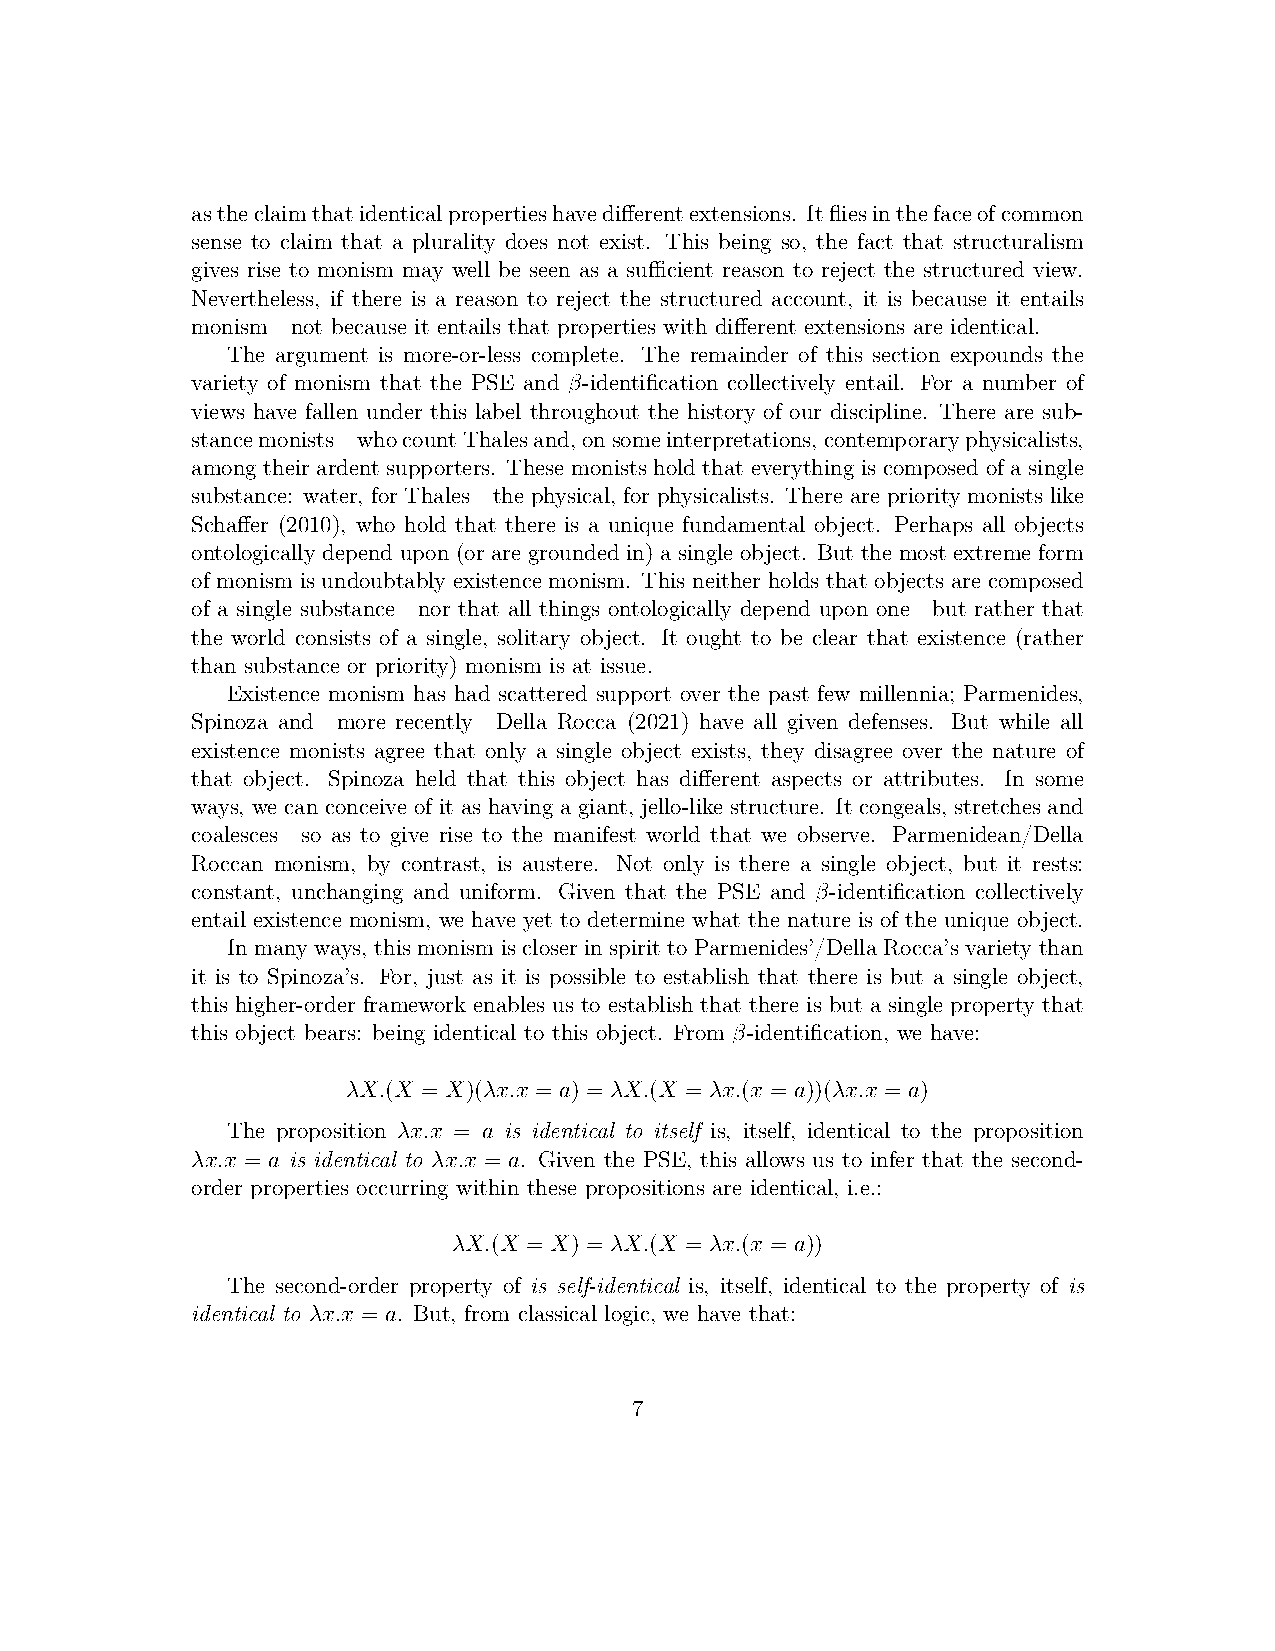
astheclaimthatidenticalpropertieshavedifferentextensions. Itfliesinthefaceofcommon
 sense to claim that a plurality does not exist. This being so, the fact that structuralism
 gives rise to monism may well be seen as a sufficient reason to reject the structured view.
 Nevertheless, if there is a reason to reject the structured account, it is because it entails
 monism—not because it entails that properties with different extensions are identical.
 The argument is more-or-less complete. The remainder of this section expounds the
 variety of monism that the PSE and β-identification collectively entail. For a number of
 views have fallen under this label throughout the history of our discipline. There are sub-
 stancemonists—whocountThalesand,onsomeinterpretations,contemporaryphysicalists,
 among their ardent supporters. These monists hold that everything is composed of a single
 substance: water, for Thales—the physical, for physicalists. There are priority monists like
 Schaffer (2010), who hold that there is a unique fundamental object. Perhaps all objects
 ontologically depend upon (or are grounded in) a single object. But the most extreme form
 of monism is undoubtably existence monism. This neither holds that objects are composed
 of a single substance—nor that all things ontologically depend upon one—but rather that
 the world consists of a single, solitary object. It ought to be clear that existence (rather
 than substance or priority) monism is at issue.
 Existence monism has had scattered support over the past few millennia; Parmenides,
 Spinoza and—more recently—Della Rocca (2021) have all given defenses. But while all
 existence monists agree that only a single object exists, they disagree over the nature of
 that object. Spinoza held that this object has different aspects or attributes. In some
 ways, we can conceive of it as having a giant, jello-like structure. It congeals, stretches and
 coalesces—so as to give rise to the manifest world that we observe. Parmenidean/Della
 Roccan monism, by contrast, is austere. Not only is there a single object, but it rests:
 constant, unchanging and uniform. Given that the PSE and β-identification collectively
 entail existence monism, we have yet to determine what the nature is of the unique object.
 In many ways, this monism is closer in spirit to Parmenides’/Della Rocca’s variety than
 it is to Spinoza’s. For, just as it is possible to establish that there is but a single object,
 this higher-order framework enables us to establish that there is but a single property that
 this object bears: being identical to this object. From β-identification, we have:
 λX.(X = X)(λx.x = a) = λX.(X = λx.(x = a))(λx.x = a)
 The proposition λx.x = a is identical to itself is, itself, identical to the proposition
 λx.x = a is identical to λx.x = a. Given the PSE, this allows us to infer that the second-
 order properties occurring within these propositions are identical, i.e.:
 λX.(X = X) = λX.(X = λx.(x = a))
 The second-order property of is self-identical is, itself, identical to the property of is
 identical to λx.x = a. But, from classical logic, we have that:
 7